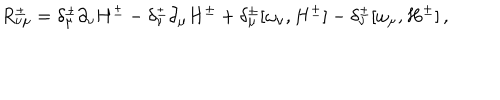
R _ { \nu \mu } ^ { \pm } = \delta _ { \mu } ^ { \pm } \partial _ { \nu } H ^ { \pm } - \delta _ { \nu } ^ { \pm } \partial _ { \mu } H ^ { \pm } + \delta _ { \mu } ^ { \pm } [ \omega _ { \nu } , H ^ { \pm } ] - \delta _ { \nu } ^ { \pm } [ \omega _ { \mu } , H ^ { \pm } ] \, ,